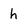
Character: h